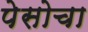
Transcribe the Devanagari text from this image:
पेसोचा